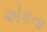
એકતા